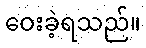
ဝေးခဲ့ရသည်။